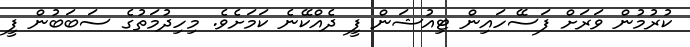
ކުރުމުން ވަރަށް ފަސޭހައިން ޓިއުޝަން ފީ ދެއްކޭނެ ކަމަށެވެ. މިހިދުމަތުގެ ސަބަބުން ފީ